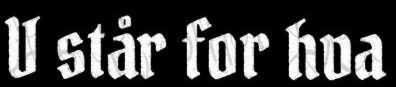
V står for hva